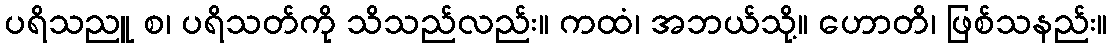
ပရိသညူ စ၊ ပရိသတ်ကို သိသည်လည်း။ ကထံ၊ အဘယ်သို့။ ဟောတိ၊ ဖြစ်သနည်း။